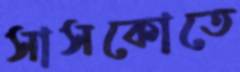
সাসকোতে